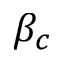
\beta _ { c }